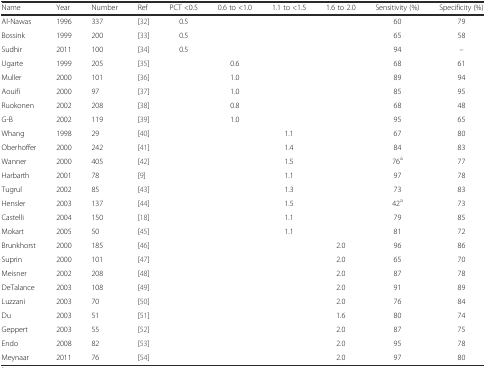
<table><thead><tr><td><b>Name</b></td><td><b>Year</b></td><td><b>Number</b></td><td><b>Ref</b></td><td><b>PCT &lt;0.5</b></td><td><b>0.6 to &lt;1.0</b></td><td><b>1.1 to &lt;1.5</b></td><td><b>1.6 to 2.0</b></td><td><b>Sensitivity (%)</b></td><td><b>Specificity (%)</b></td></tr></thead><tbody><tr><td>Al-Nawas</td><td>1996</td><td>337</td><td>[32]</td><td>0.5</td><td></td><td></td><td></td><td>60</td><td>79</td></tr><tr><td>Bossink</td><td>1999</td><td>200</td><td>[33]</td><td>0.5</td><td></td><td></td><td></td><td>65</td><td>58</td></tr><tr><td>Sudhir</td><td>2011</td><td>100</td><td>[34]</td><td>0.5</td><td></td><td></td><td></td><td>94</td><td>–</td></tr><tr><td>Ugarte</td><td>1999</td><td>205</td><td>[35]</td><td></td><td>0.6</td><td></td><td></td><td>68</td><td>61</td></tr><tr><td>Muller</td><td>2000</td><td>101</td><td>[36]</td><td></td><td>1.0</td><td></td><td></td><td>89</td><td>94</td></tr><tr><td>Aouifi</td><td>2000</td><td>97</td><td>[37]</td><td></td><td>1.0</td><td></td><td></td><td>85</td><td>95</td></tr><tr><td>Ruokonen</td><td>2002</td><td>208</td><td>[38]</td><td></td><td>0.8</td><td></td><td></td><td>68</td><td>48</td></tr><tr><td>G-B</td><td>2002</td><td>119</td><td>[39]</td><td></td><td>1.0</td><td></td><td></td><td>95</td><td>65</td></tr><tr><td>Whang</td><td>1998</td><td>29</td><td>[40]</td><td></td><td></td><td>1.1</td><td></td><td>67</td><td>80</td></tr><tr><td>Oberhoffer</td><td>2000</td><td>242</td><td>[41]</td><td></td><td></td><td>1.4</td><td></td><td>84</td><td>83</td></tr><tr><td>Wanner</td><td>2000</td><td>405</td><td>[42]</td><td></td><td></td><td>1.5</td><td></td><td>76<sup>a</sup></td><td>77</td></tr><tr><td>Harbarth</td><td>2001</td><td>78</td><td>[9]</td><td></td><td></td><td>1.1</td><td></td><td>97</td><td>78</td></tr><tr><td>Tugrul</td><td>2002</td><td>85</td><td>[43]</td><td></td><td></td><td>1.3</td><td></td><td>73</td><td>83</td></tr><tr><td>Hensler</td><td>2003</td><td>137</td><td>[44]</td><td></td><td></td><td>1.5</td><td></td><td>42<sup>a</sup></td><td>73</td></tr><tr><td>Castelli</td><td>2004</td><td>150</td><td>[18]</td><td></td><td></td><td>1.1</td><td></td><td>79</td><td>85</td></tr><tr><td>Mokart</td><td>2005</td><td>50</td><td>[45]</td><td></td><td></td><td>1.1</td><td></td><td>81</td><td>72</td></tr><tr><td>Brunkhorst</td><td>2000</td><td>185</td><td>[46]</td><td></td><td></td><td></td><td>2.0</td><td>96</td><td>86</td></tr><tr><td>Suprin</td><td>2000</td><td>101</td><td>[47]</td><td></td><td></td><td></td><td>2.0</td><td>65</td><td>70</td></tr><tr><td>Meisner</td><td>2002</td><td>208</td><td>[48]</td><td></td><td></td><td></td><td>2.0</td><td>87</td><td>78</td></tr><tr><td>DeTalance</td><td>2003</td><td>108</td><td>[49]</td><td></td><td></td><td></td><td>2.0</td><td>91</td><td>89</td></tr><tr><td>Luzzani</td><td>2003</td><td>70</td><td>[50]</td><td></td><td></td><td></td><td>2.0</td><td>76</td><td>84</td></tr><tr><td>Du</td><td>2003</td><td>51</td><td>[51]</td><td></td><td></td><td></td><td>1.6</td><td>80</td><td>74</td></tr><tr><td>Geppert</td><td>2003</td><td>55</td><td>[52]</td><td></td><td></td><td></td><td>2.0</td><td>87</td><td>75</td></tr><tr><td>Endo</td><td>2008</td><td>82</td><td>[53]</td><td></td><td></td><td></td><td>2.0</td><td>95</td><td>78</td></tr><tr><td>Meynaar</td><td>2011</td><td>76</td><td>[54]</td><td></td><td></td><td></td><td>2.0</td><td>97</td><td>80</td></tr></tbody></table>